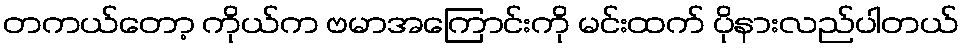
တကယ်တော့ ကိုယ်က ဗမာအကြောင်းကို မင်းထက် ပိုနားလည်ပါတယ်